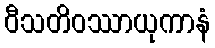
ဝီသတိဝဿာယုကာနံ